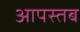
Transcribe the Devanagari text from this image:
आपस्तब